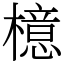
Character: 檍